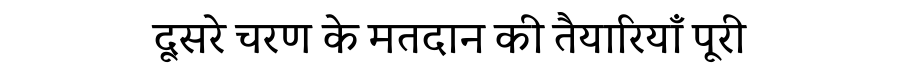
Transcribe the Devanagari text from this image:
दूसरे चरण के मतदान की तैयारियाँ पूरी